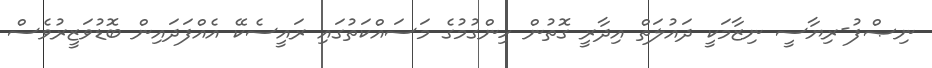
ނިޞްފު-ރިޔާސީ ނިޒާމަކީ ދައުލަތް އިދާރީ ގޮތުން ހިންގުމުގެ މަސައްކަތުގައި ރައީސެކޭ އެއްފަދައިން ބޮޑުވަޒީރުވެސް